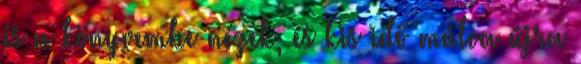
és a könyvembe nézek, és kis idő múlva újra